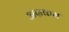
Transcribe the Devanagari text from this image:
अग्रकम